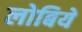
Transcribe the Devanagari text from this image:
लोबिये